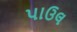
પાઉલ